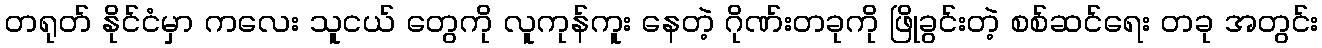
တရုတ် နိုင်ငံမှာ ကလေး သူငယ် တွေကို လူကုန်ကူး နေတဲ့ ဂိုဏ်းတခုကို ဖြိုခွင်းတဲ့ စစ်ဆင်ရေး တခု အတွင်း